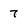
Character: 7